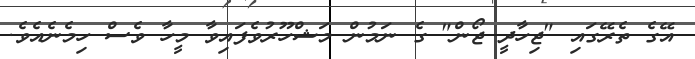
އޭގެ ތެރޭގައި "ޖިހާދީ ޖޯން" ގެ ނަމުން މަޝްހޫރުވެފައިވާ މީހާ ވެސް ހިމެނެއެވެ.